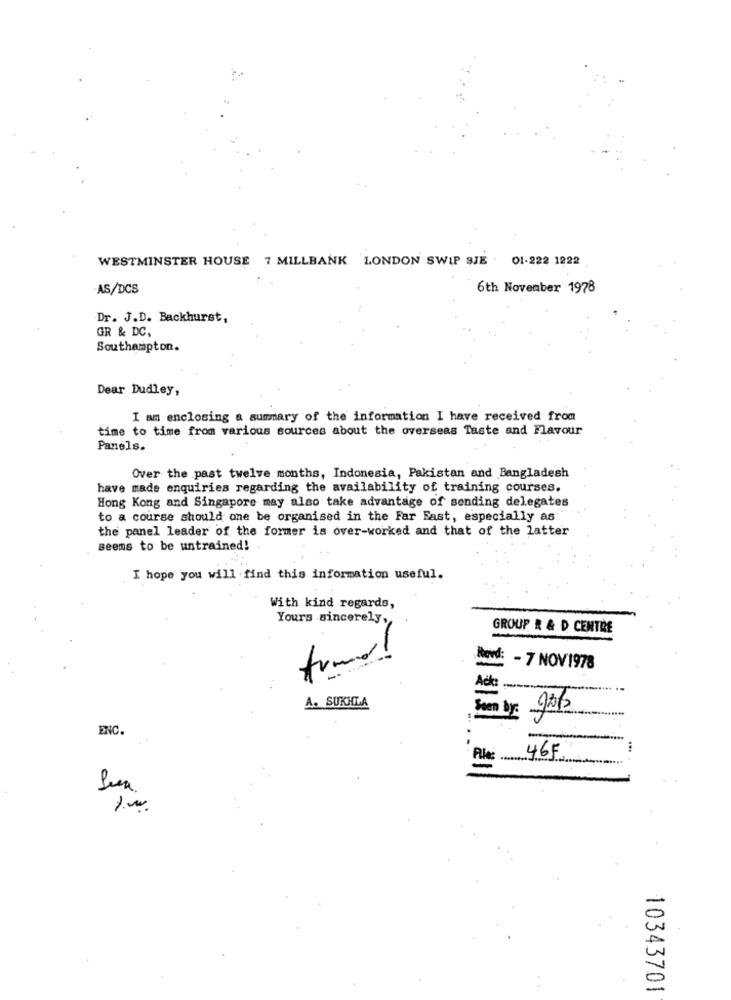
WESTMINSTER HOUSE 7 MILLBANK LONDON SWIP SJE . 01-222 1222
.AS/DCS
6th November 1978
Dr. J.D. Backhurst,
GR & DC.
Southampton.
Dear Dudley,
I am enclosing a summary of the information I have received from
time to time from various sources about the overseas Taste and Flavour
Panels.
Over the past twelve months, Indonesia, Pakistan and Bangladesh
have made enquiries regarding the availability of training courses.
Hong Kong and Singapore may also take advantage of sending delegates
to a course should one be organised in the Far East, especially as
the panel leader of the former is over-worked and that of the latter
seems to be untrained!
I hope you will find this information useful.
With kind regards,
Yours sincerely,
GROUP. R & D CENTRE
Bond: - 7 NOV1978
Acts
10
A. SUKHLA
Som by:
ENC.
Alles.
46F
10343701